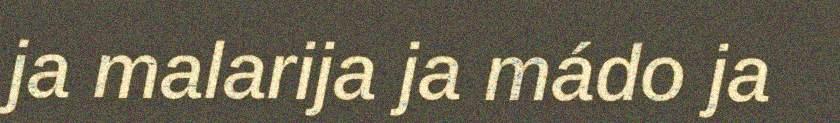
ja malarija ja mádo ja